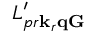
L _ { p r \mathbf k _ { r } \mathbf q \mathbf G } ^ { \prime }